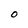
Character: 0